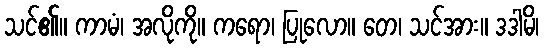
သင်၏။ ကာမံ၊ အလိုကို။ ကရော၊ ပြုလော။ တေ၊ သင်အား။ ဒဒါမိ၊